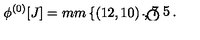
\phi ^ { ( 0 ) } [ J ] = \setlength { \unitlength } { 1 m m } \left\{ \begin{picture} { ( 1 2 , 1 0 ) \thicklines \put ( 6 , 1 ) { \circle { 8 } } \put ( 1 . 7 5 , 1 ) { \circle * { 1 } } } \\ \end{picture} \right. ,